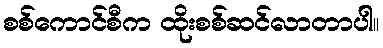
စစ်ကောင်စီက ထိုးစစ်ဆင်လာတာပါ။